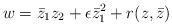
LaTeX: \begin{align*}w = \bar{z}_1 z_2 + \epsilon \bar{z}_1^2 + r(z,\bar{z})\end{align*}